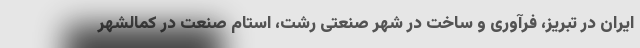
ایران در تبریز، فرآوری و ساخت در شهر صنعتی رشت، استام صنعت در کمالشهر